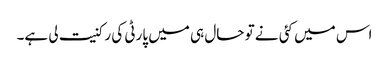
اس میں کئی نے تو حال ہی میں پارٹی کی رکنیت لی ہے۔